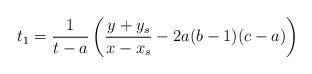
LaTeX: \begin{align*}t_1 = \frac{1}{t-a}\left( \frac{y+y_s}{x-x_s} - 2a(b-1)(c-a) \right)\end{align*}